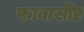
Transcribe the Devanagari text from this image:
फाबासीए